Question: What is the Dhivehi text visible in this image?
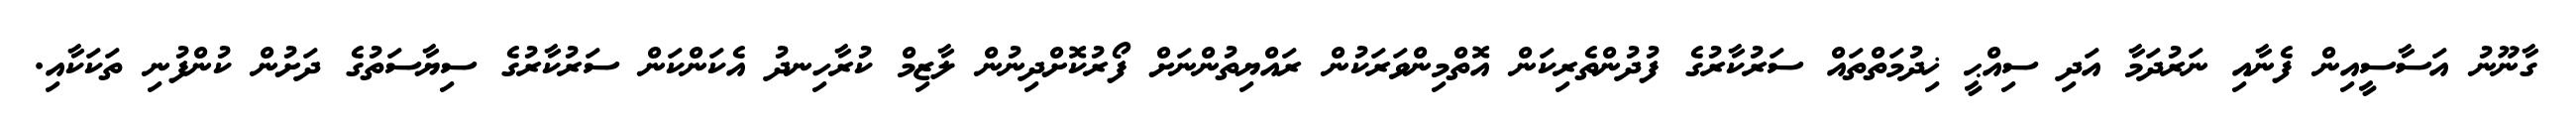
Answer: ގާނޫނު އަސާސީއިން ފެނާއި ނަރުދަމާ އަދި ސިއްޙީ ޚިދުމަތްތައް ސަރުކާރުގެ ފުދުންތެރިކަން އޮތްމިންވަރަކުން ރައްޔިތުންނަށް ފޯރުކޮށްދިނުން ލާޒިމް ކުރާހިނދު އެކަންކަން ސަރުކާރުގެ ސިޔާސަތުގެ ދަށުން ކުންފުނި ތަކަކާއި.